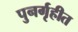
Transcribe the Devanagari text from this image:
पुनर्गृहीत